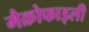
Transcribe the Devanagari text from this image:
मैक्रोफाइली